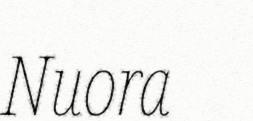
Nuora